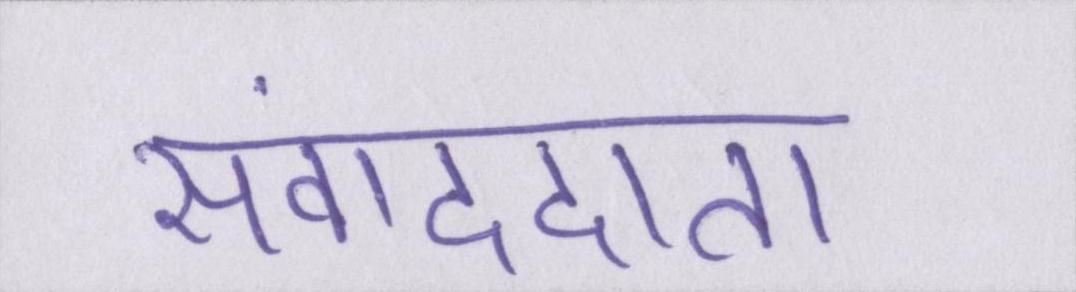
संवाददाता